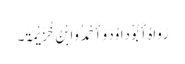
رَوَاہُ أَبُوْ دَاوُدَ وَأَحْمَدُ وَابْنُ خُزَیْمَۃَ۔